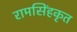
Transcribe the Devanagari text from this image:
रामसिंहकृत